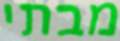
מבתי